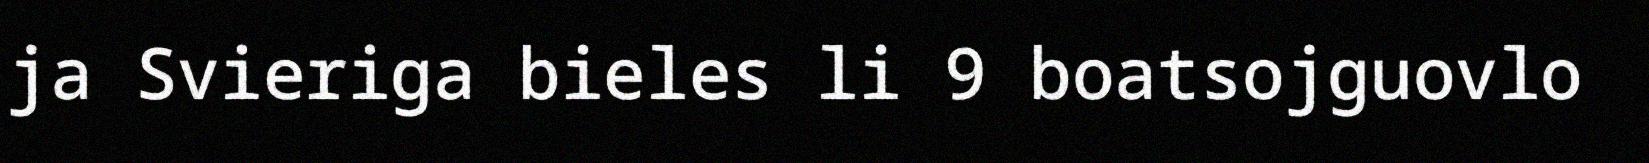
ja Svieriga bieles li 9 boatsojguovlo